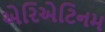
એરિએટિનમ